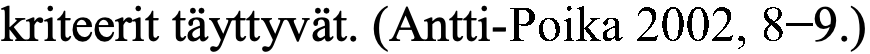
kriteerit täyttyvät. (Antti-Poika 2002, 8−9.)